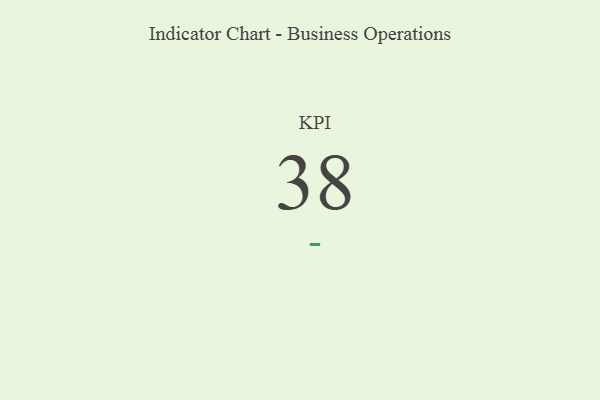
{"axis": {"x": "KPI", "y": "Value"}, "legend": [""], "data": [{"x": "KPI", "y": 38, "type": ""}]}